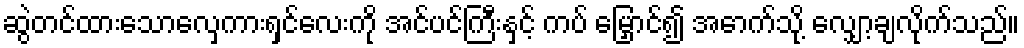
ဆွဲတင်ထားသောလှေကားရှင်လေးကို အင်ပင်ကြီးနှင့် ကပ် မြှောင်၍ အောက်သို့ လျှော့ချလိုက်သည်။